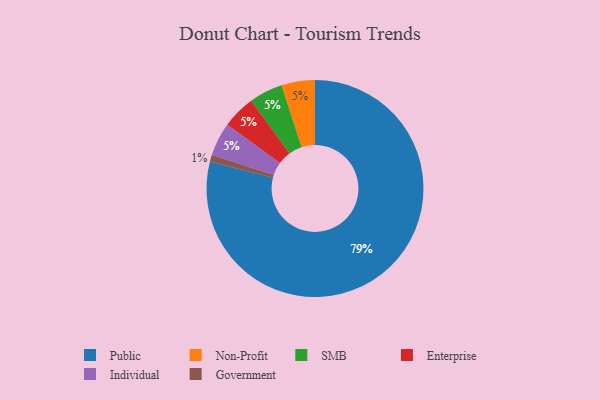
{"axis": {"x": "Category", "y": "Percentage"}, "legend": ["Enterprise", "Government", "Individual", "Non-Profit", "Public", "SMB"], "data": [{"x": "Public", "y": 79, "type": "Public"}, {"x": "Non-Profit", "y": 5, "type": "Non-Profit"}, {"x": "SMB", "y": 5, "type": "SMB"}, {"x": "Government", "y": 1, "type": "Government"}, {"x": "Enterprise", "y": 5, "type": "Enterprise"}, {"x": "Individual", "y": 5, "type": "Individual"}]}